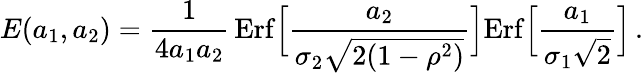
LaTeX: E(a_{1},a_{2})={\frac{1}{4a_{1}a_{2}}}\, \mathrm{Erf}\Big[{\frac{a_{2}}{\sigma_{2}\sqrt{2(1-\rho^{2})}}}\Big]\mathrm{Erf}\Big[{\frac{a_{1}}{\sigma_{1}\sqrt{2}}}\Big]\, .